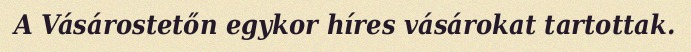
A Vásárostetőn egykor híres vásárokat tartottak.